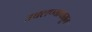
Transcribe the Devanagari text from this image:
उचलण्यापासून